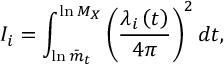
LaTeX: I _ { i } = \int _ { \ln \bar { m } _ { t } } ^ { \ln { M _ { X } } } \left( \frac { \lambda _ { i } \left( t \right) } { 4 \pi } \right) ^ { 2 } d t ,